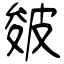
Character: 皴